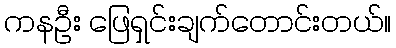
ကနဦး ဖြေရှင်းချက်တောင်းတယ်။